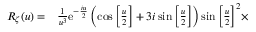
\begin{array} { r l } { { R _ { \zeta } } ( u ) = } & { { } \frac { 1 } { { { u ^ { 3 } } } } { \mathrm { { e } } ^ { - \frac { { i u } } { 2 } } } \left( { \cos \left[ { \frac { u } { 2 } } \right] + 3 i \sin \left[ { \frac { u } { 2 } } \right] } \right) \sin { \left[ { \frac { u } { 2 } } \right] ^ { 2 } } \times } \end{array}